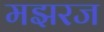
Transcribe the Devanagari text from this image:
मझरज